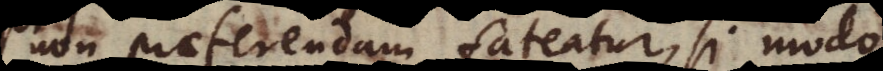
non praeferendam fateatur, si mod